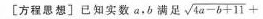
[方程思想〕已知实数a，b满足 $$ \sqrt { 4 a - b + 1 1 } +